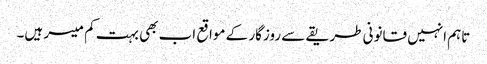
تاہم انہیں قانونی طریقے سے روزگار کے مواقع اب بھی بہت کم میسر ہیں۔